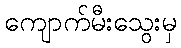
ကျောက်မီးသွေးမှ